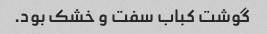
گوشت کباب سفت و خشک بود.